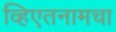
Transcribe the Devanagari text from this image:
व्हिएतनामचा